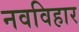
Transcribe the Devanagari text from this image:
नवविहार